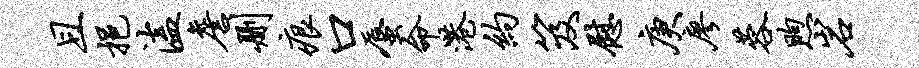
且挹溘詹删痕口蜃命港约笈慰庚廖蓉煦岩